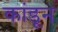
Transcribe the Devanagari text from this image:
कांडून